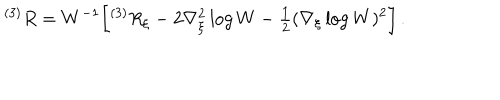
{ } ^ { ( 3 ) } R = W ^ { - 1 } \biggl [ { } ^ { ( 3 ) } R _ { \xi } - 2 \nabla _ { \xi } ^ { 2 } \log W - { \textstyle \frac { 1 } { 2 } } ( \nabla _ { \xi } \log W ) ^ { 2 } \biggr ] \, .